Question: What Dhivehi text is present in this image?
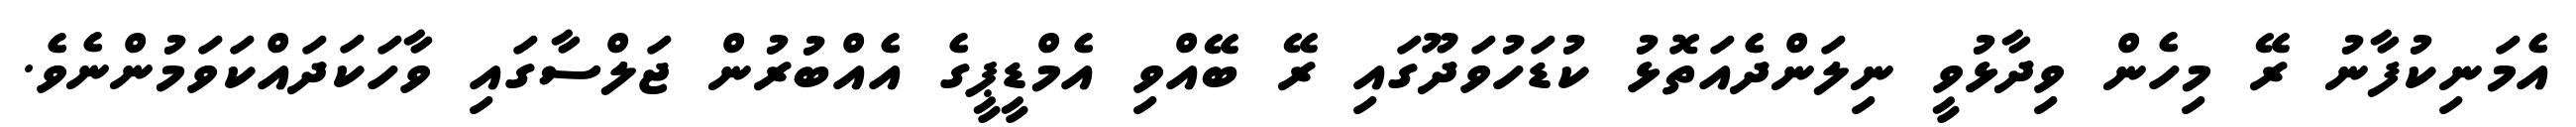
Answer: އެމަނިކުފާނު ރޭ މިހެން ވިދާޅުވީ ނިލަންދެއަތޮޅު ކުޑަހުވަދޫގައި ރޭ ބޭއްވި އެމްޑީޕީގެ އެއްބުރުން ޖަލްސާގައި ވާހަކަދައްކަވަމުންނެވެ.